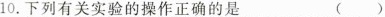
10.下列有关实验的操作正确的是 ( )